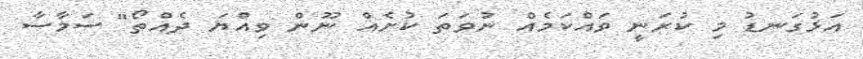
އަޅުގަނޑު މި ކުރަނީ ވައްކަމެއް ނުވަތަ ކުށެއް ނޫން ވިއްޔަ ދެއްތޯ" ސަމާސާ